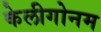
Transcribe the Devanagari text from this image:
केलीगोनम